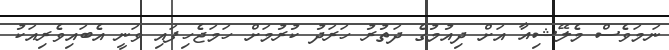
ނަމަވެސް މެލޭޝިއާ އަށް ދިއުމުގެ ދަތުރު ހަރަދު ކުރުމަށް ހަމަޖެހިފައި ވަނީ އެބައިވެރިއަކު